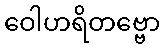
ဝေါဟရိတဗ္ဗော